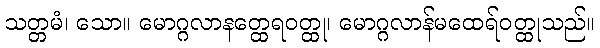
သတ္တမံ၊ သော။ မောဂ္ဂလာနတ္ထေရဝတ္ထု၊ မောဂ္ဂလာန်မထေရ်ဝတ္ထုသည်။